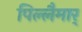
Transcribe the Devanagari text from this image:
पिल्लैमार्